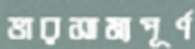
ভারসাম্যপূর্ণ